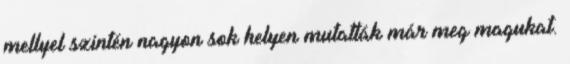
mellyel szintén nagyon sok helyen mutatták már meg magukat.